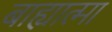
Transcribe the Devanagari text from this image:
बाह्यात्मा